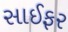
સાઈફર